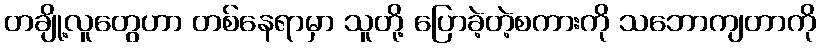
တချို့လူတွေဟာ တစ်နေရာမှာ သူတို့ ပြောခဲ့တဲ့စကားကို သဘောကျတာကို